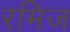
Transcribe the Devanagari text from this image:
रमिज